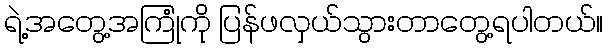
ရဲ့အတွေ့အကြုံကို ပြန်ဖလှယ်သွားတာတွေ့ရပါတယ်။